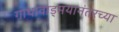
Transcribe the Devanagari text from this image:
गाथावाड्मयानंतरच्या